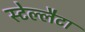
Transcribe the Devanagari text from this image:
स्टेल्लैटा